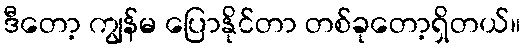
ဒီတော့ ကျွန်မ ပြောနိုင်တာ တစ်ခုတော့ရှိတယ်။